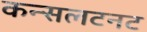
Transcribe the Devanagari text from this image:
कन्सलटनट